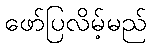
ဖော်ပြလိမ့်မည်